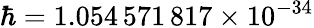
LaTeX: \hbar=1.054\, 571\, 817\times 10^{-34}